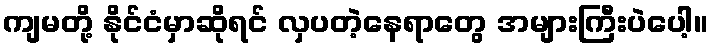
ကျမတို့ နိုင်ငံမှာဆိုရင် လှပတဲ့နေရာတွေ အများကြီးပဲပေါ့။